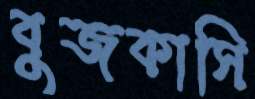
বুজকাসি